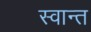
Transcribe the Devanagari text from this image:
स्वान्त